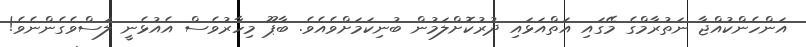
އަންހެންކުއްޖާ ނަތުރާމްގެ މޭގައި އަތްއަޅައި ދުރުކޮށްލަމުން ބުނިކަމަށްވެއެވެ. ބާޕޫ މިހާރުވެސް އެއުޅެނީ ލަސްވެގެންނެވެ!